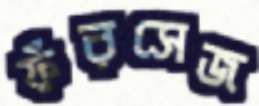
ফঁরসেজ